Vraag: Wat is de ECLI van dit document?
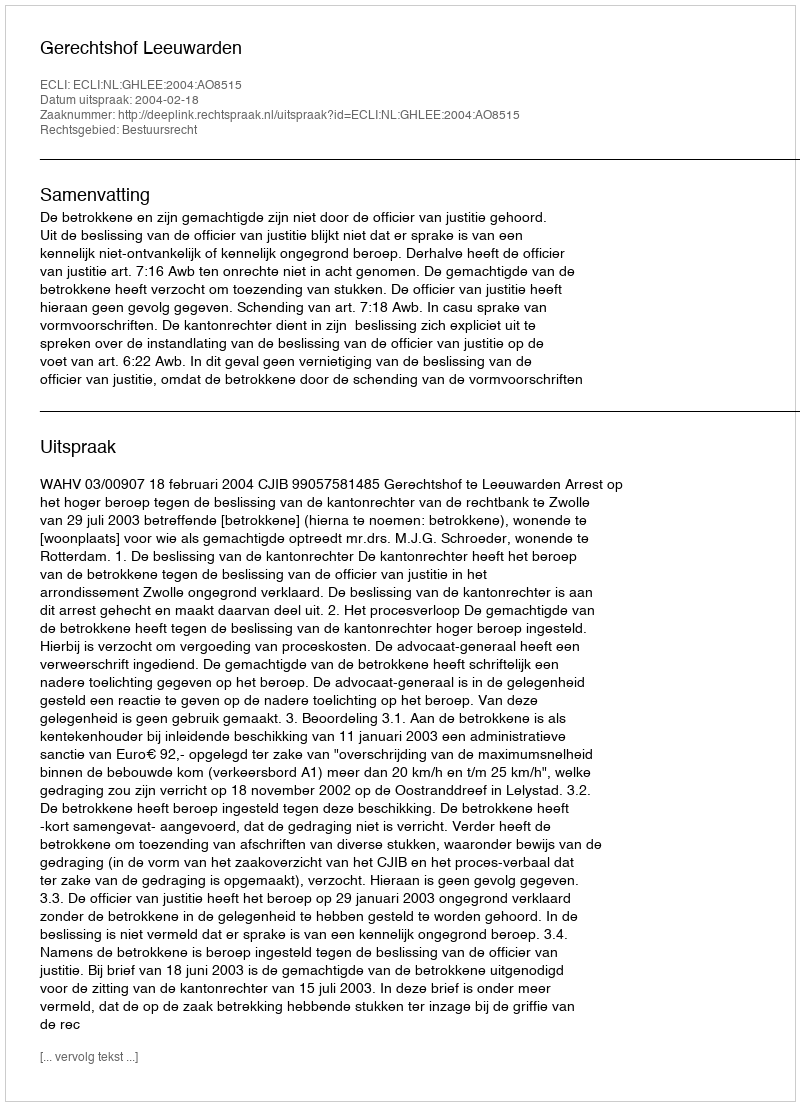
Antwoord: ECLI:NL:GHLEE:2004:AO8515